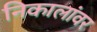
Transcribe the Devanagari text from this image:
निकालांवर